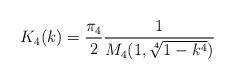
LaTeX: \begin{align*}K_4(k)=\frac{\pi_4}{2}\frac{1}{M_4(1,\sqrt[4]{1-k^4})}\end{align*}